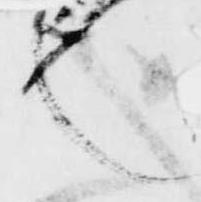
也